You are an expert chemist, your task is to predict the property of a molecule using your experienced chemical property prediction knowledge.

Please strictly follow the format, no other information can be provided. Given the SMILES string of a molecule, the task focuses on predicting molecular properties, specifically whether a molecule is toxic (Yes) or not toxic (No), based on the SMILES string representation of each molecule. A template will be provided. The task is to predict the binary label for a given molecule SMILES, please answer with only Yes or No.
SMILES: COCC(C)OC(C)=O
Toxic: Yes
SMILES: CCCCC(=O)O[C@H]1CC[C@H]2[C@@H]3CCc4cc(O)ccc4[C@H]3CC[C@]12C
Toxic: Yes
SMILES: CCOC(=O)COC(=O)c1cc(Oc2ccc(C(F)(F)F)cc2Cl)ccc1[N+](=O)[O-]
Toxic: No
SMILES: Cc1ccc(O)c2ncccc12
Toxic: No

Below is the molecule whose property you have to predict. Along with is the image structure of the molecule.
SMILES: Cc1ccc(N)c(C)c1
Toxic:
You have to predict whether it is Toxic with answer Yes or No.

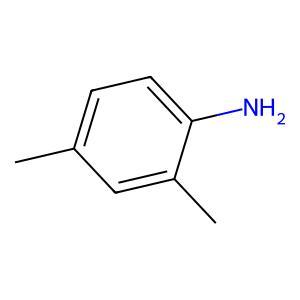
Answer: No